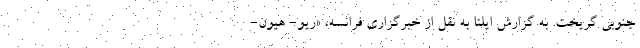
جنوبی گریخت. به گزارش ایلنا به نقل از خبرگزاری فرانسه، «ریو- هیون-